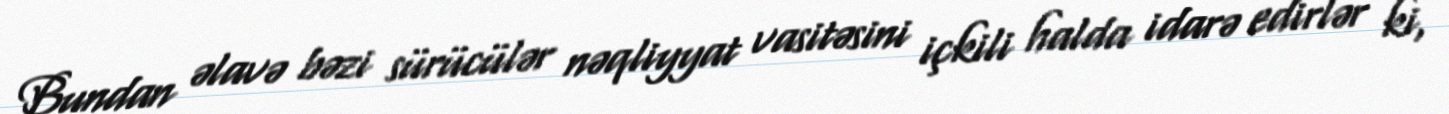
Bundan əlavə bəzi sürücülər nəqliyyat vasitəsini içkili halda idarə edirlər ki,